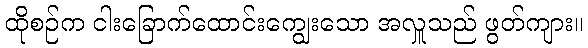
ထိုစဉ်က ငါးခြောက်ထောင်းကျွေးသော အလှူသည် ဖွတ်ကျား။